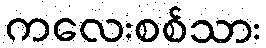
ကလေးစစ်သား